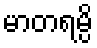
မာတရမ္ပိ